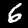
Digit: 6